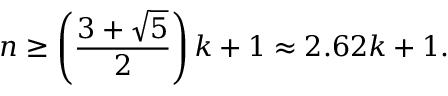
n \geq \left( { \frac { 3 + { \sqrt { 5 } } } { 2 } } \right) k + 1 \approx 2 . 6 2 k + 1 .